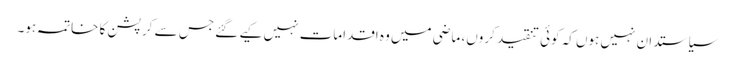
سیاستدان نہیں ہوں کہ کوئی تنقید کروں، ماضی میں وہ اقدامات نہیں کیے گئے جس سے کرپشن کا خاتمہ ہو۔